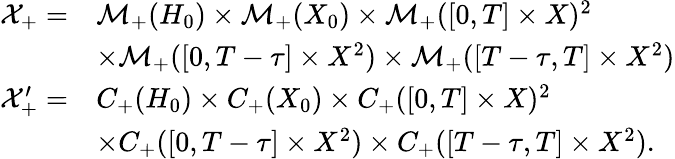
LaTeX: \begin{array}{rl}{\mathcal{X}_{+}=}&{\mathcal{M}_{+}(H_{0})\times\mathcal{M}_{+}(X_{0})\times\mathcal{M}_{+}([0,T]\times X)^{2}}\\ &{\times\mathcal{M}_{+}([0,T-\tau]\times X^{2})\times\mathcal{M}_{+}([T-\tau,T]\times X^{2})}\\ {\mathcal{X}_{+}^{\prime}=}&{C_{+}(H_{0})\times C_{+}(X_{0})\times C_{+}([0,T]\times X)^{2}}\\ &{\times C_{+}([0,T-\tau]\times X^{2})\times C_{+}([T-\tau,T]\times X^{2}).}\end{array}